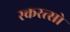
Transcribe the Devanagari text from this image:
स्करत्सो